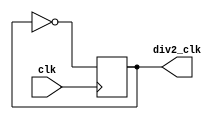
module div_clk (
    input clk,
    output div2_clk
);
    wire clk;
    wire rst;
    reg div2_clk;

`ifndef SYNTHESIS
    initial div2_clk = 0;
`endif

    always @(posedge clk)
    begin
        div2_clk <= ~div2_clk;
    end
endmodule